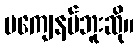
မကျေနပ်ဘူးဆို။